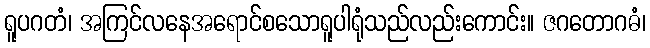
ရူပဂတံ၊ အကြင်လနေအရောင်စသောရူပါရုံသည်လည်းကောင်း။ ဇဂတောဂဓံ၊